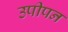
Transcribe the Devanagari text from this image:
उपीपन